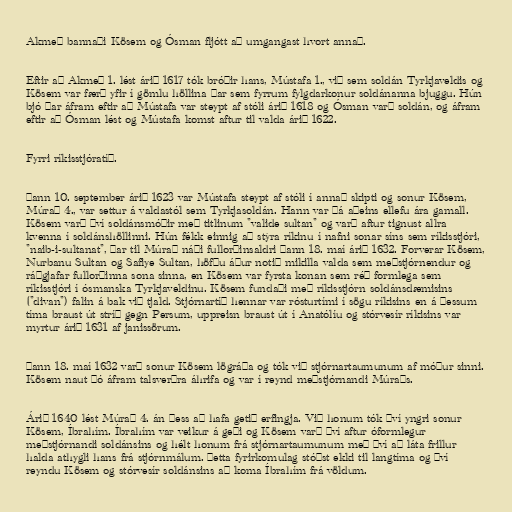
Akmeð bannaði Kösem og Ósman fljótt að umgangast hvort annað.

Eftir að Akmeð 1. lést árið 1617 tók bróðir hans, Mústafa 1., við sem soldán Tyrkjaveldis og
Kösem var færð yfir í gömlu höllina þar sem fyrrum fylgdarkonur soldánanna bjuggu. Hún
bjó þar áfram eftir að Mústafa var steypt af stóli árið 1618 og Ósman varð soldán, og áfram
eftir að Ósman lést og Mústafa komst aftur til valda árið 1622.

Fyrri ríkisstjóratíð.

Þann 10. september árið 1623 var Mústafa steypt af stóli í annað skipti og sonur Kösem,
Múrað 4., var settur á valdastól sem Tyrkjasoldán. Hann var þá aðeins ellefu ára gamall.
Kösem varð því soldánsmóðir með titlinum "valide sultan" og varð aftur tignust allra
kvenna í soldánshöllinni. Hún fékk einnig að stýra ríkinu í nafni sonar síns sem ríkisstjóri,
"naib-i-sultanat", þar til Múrað náði fullorðinsaldri þann 18. maí árið 1632. Forverar Kösem,
Nurbanu Sultan og Safiye Sultan, höfðu áður notið mikilla valda sem meðstjórnendur og
ráðgjafar fullorðinna sona sinna, en Kösem var fyrsta konan sem réð formlega sem
ríkisstjóri í ósmanska Tyrkjaveldinu. Kösem fundaði með ríkisstjórn soldánsdæmisins
("divan") falin á bak við tjald. Stjórnartíð hennar var rósturtími í sögu ríkisins en á þessum
tíma braust út stríð gegn Persum, uppreisn braust út í Anatólíu og stórvesír ríkisins var
myrtur árið 1631 af janissörum.

Þann 18. maí 1632 varð sonur Kösem lögráða og tók við stjórnartaumunum af móður sinni.
Kösem naut þó áfram talsverðra áhrifa og var í reynd meðstjórnandi Múraðs.

Árið 1640 lést Múrað 4. án þess að hafa getið erfingja. Við honum tók því yngri sonur
Kösem, Íbrahím. Íbrahím var veikur á geði og Kösem varð því aftur óformlegur
meðstjórnandi soldánsins og hélt honum frá stjórnartaumunum með því að láta frillur
halda athygli hans frá stjórnmálum. Þetta fyrirkomulag stóðst ekki til langtíma og því
reyndu Kösem og stórvesír soldánsins að koma Íbrahím frá völdum.